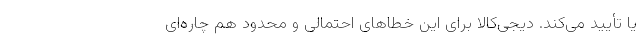
یا تأیید می‌کند. دیجی‌کالا برای این خطاهای احتمالی و محدود هم چاره‌ای